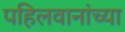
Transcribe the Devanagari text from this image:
पहिलवानांच्या